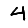
Digit: 4